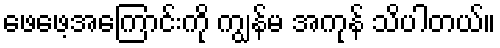
ဖေဖေ့အကြောင်းကို ကျွန်မ အကုန် သိပါတယ်။